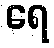
ရေ